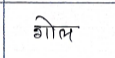
मजकूर: गोल